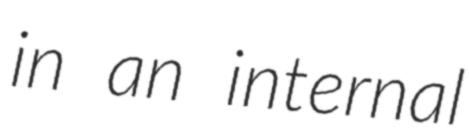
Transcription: in an internal